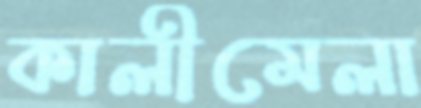
কালীমেলা